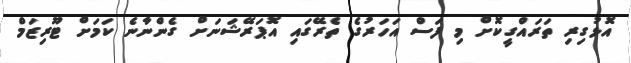
އޮޅުގިރި ތަރައްގީކޮށް މި ފަސް އަހަރުގެ ތެރޭގައި އޮޕަރޭޝަނަށް ގެންނާނެ ކަމަށް ޓޫރިޒަމް